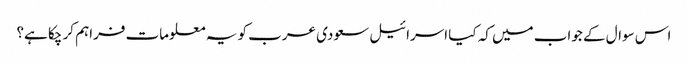
اس سوال کے جواب میں کہ کیا اسرائیل سعودی عرب کو یہ معلومات فراہم کر چکا ہے؟